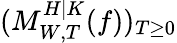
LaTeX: (M_{W,T}^{H|K}(f))_{T\geq 0}